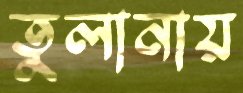
তুলানায়